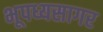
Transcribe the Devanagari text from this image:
भूपध्यसागर